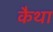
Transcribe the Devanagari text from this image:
कैथा